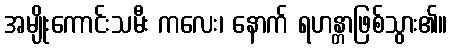
အမျိုးကောင်းသမီး ကလေး၊ နောက် ရဟန္တာဖြစ်သွား၏။